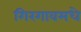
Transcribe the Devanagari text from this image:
गिरगावमधे